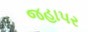
જહાપર